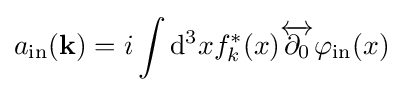
a_{\mathrm {in} }(\mathbf {k} )=i\int \mathrm {d} ^{3}xf_{k}^{*}(x){\overleftrightarrow {\partial _{0}}}\varphi _{\mathrm {in} }(x)